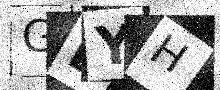
Text: GBYH